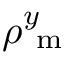
\rho _ { \mathrm { ~ m ~ } } ^ { y }